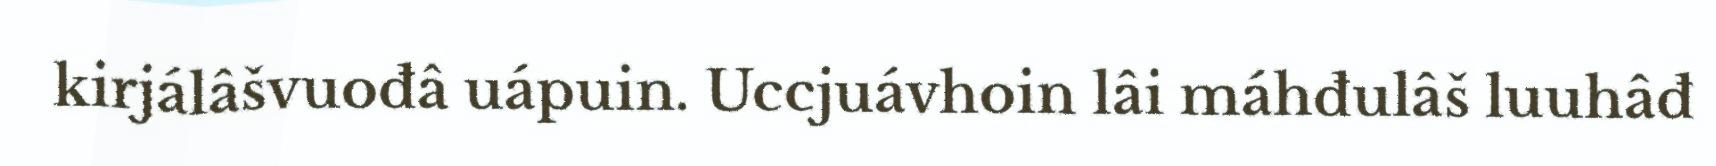
kirjálâšvuođâ uápuin. Uccjuávhoin lâi máhđulâš luuhâđ